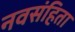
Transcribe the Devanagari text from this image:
नवसंहिता